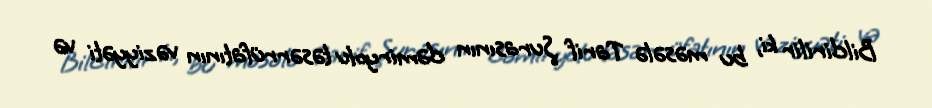
Bildirilir ki, bu məsələ Tarif Şurasının dəmiryolu təsərrüfatının vəziyyəti və